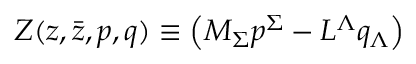
Z ( z , \bar { z } , { p } , { q } ) \equiv \left( M _ { \Sigma } { p } ^ { \Sigma } - L ^ { \Lambda } { q } _ { \Lambda } \right)